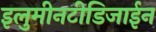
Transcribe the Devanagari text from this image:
इलुमीनटीडिजाईन